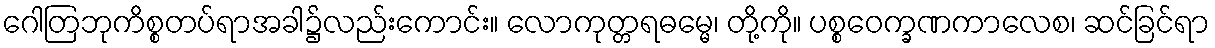
ဂေါတြဘုကိစ္စတပ်ရာအခါ၌လည်းကောင်း။ လောကုတ္တရဓမ္မေ၊ တို့ကို။ ပစ္စဝေက္ခဏကာလေစ၊ ဆင်ခြင်ရာ